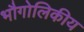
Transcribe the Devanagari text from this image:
भौगोलिकीय